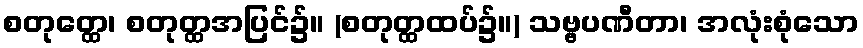
စတုတ္ထေ၊ စတုတ္ထအပြင်၌။ (စတုတ္ထထပ်၌။) သဗ္ဗပဏီတာ၊ အလုံးစုံသော